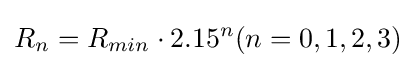
R_{n}=R_{min}\cdot 2.15^{n}(n=0,1,2,3)